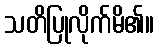
သတိပြုလိုက်မိ၏။